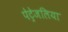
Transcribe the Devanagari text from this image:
पेट्रेजलिया